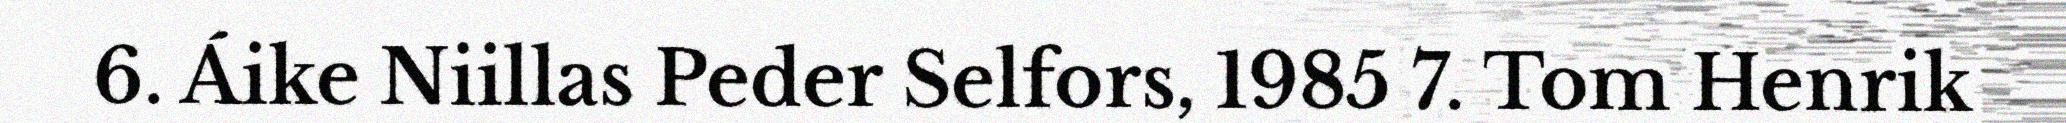
6. Áike Niillas Peder Selfors, 1985 7. Tom Henrik